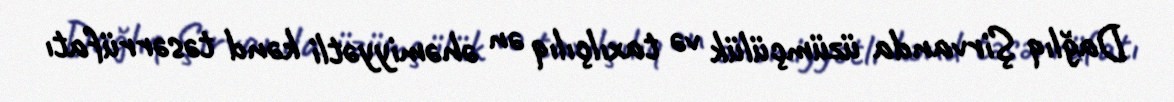
Dağlıq Şirvanda üzümçülük və taxılçılıq ən əhəmiyyətli kənd təsərrüfatı